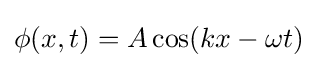
\phi (x,t)=A\cos(kx-\omega t)